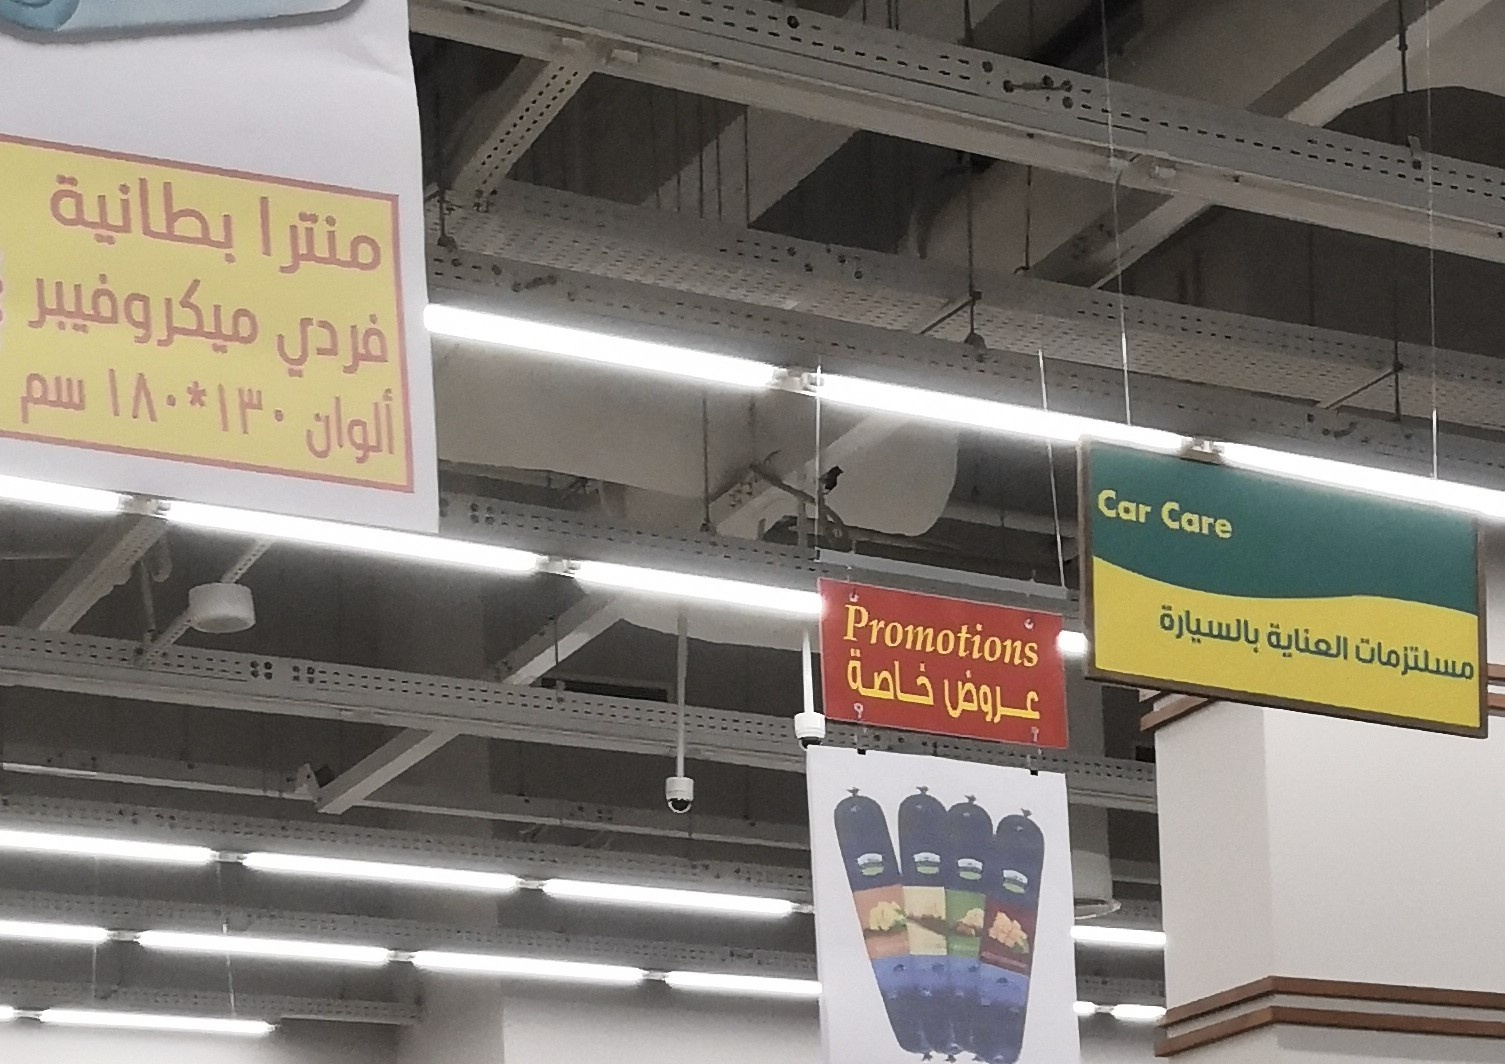
Text in image: بطانية منترا ميكروفيبر فردي سم 130*180 ألوان بالسيارة العناية مستلزمات خاصة عروض Car Care Promotions